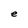
Character: e